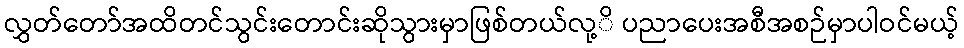
လွှတ်တော်အထိတင်သွင်းတောင်းဆိုသွားမှာဖြစ်တယ်လု့ိ ပညာပေးအစီအစဉ်မှာပါဝင်မယ့်